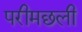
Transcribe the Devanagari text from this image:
परीमछली